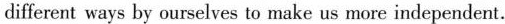
different ways by ourselves to make us more independent.